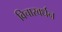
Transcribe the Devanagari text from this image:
विचारवर्धन